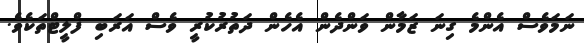
ނަމަވެސް އެންމެ ގިނަ ޒަމާން ވަންދެން އެހެން ދަތުރުކުރީ ވެސް އަރަބި ފްލީޓްތަކެވެ.